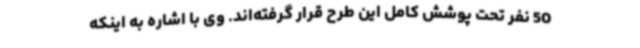
50 نفر تحت پوشش کامل این طرح قرار گرفته‌اند. وی با اشاره به اینکه